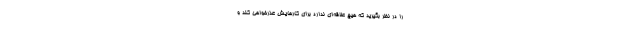
را در نظر بگیرید که هیچ علاقه‌ای ندارد برای کارهایش عذرخواهی کند و